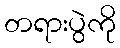
တရားပွဲကို